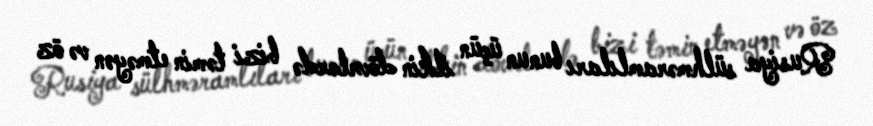
Rusiya sülhməramlıları bunun üçün ilkin dövrlərdə bizi təmin etməyən və öz